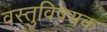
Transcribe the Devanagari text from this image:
वस्तुविषयक